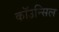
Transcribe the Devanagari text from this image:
कॉउन्सिल